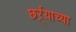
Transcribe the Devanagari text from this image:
छर्ऱ्याच्या